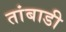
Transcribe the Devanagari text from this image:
तांबाडी